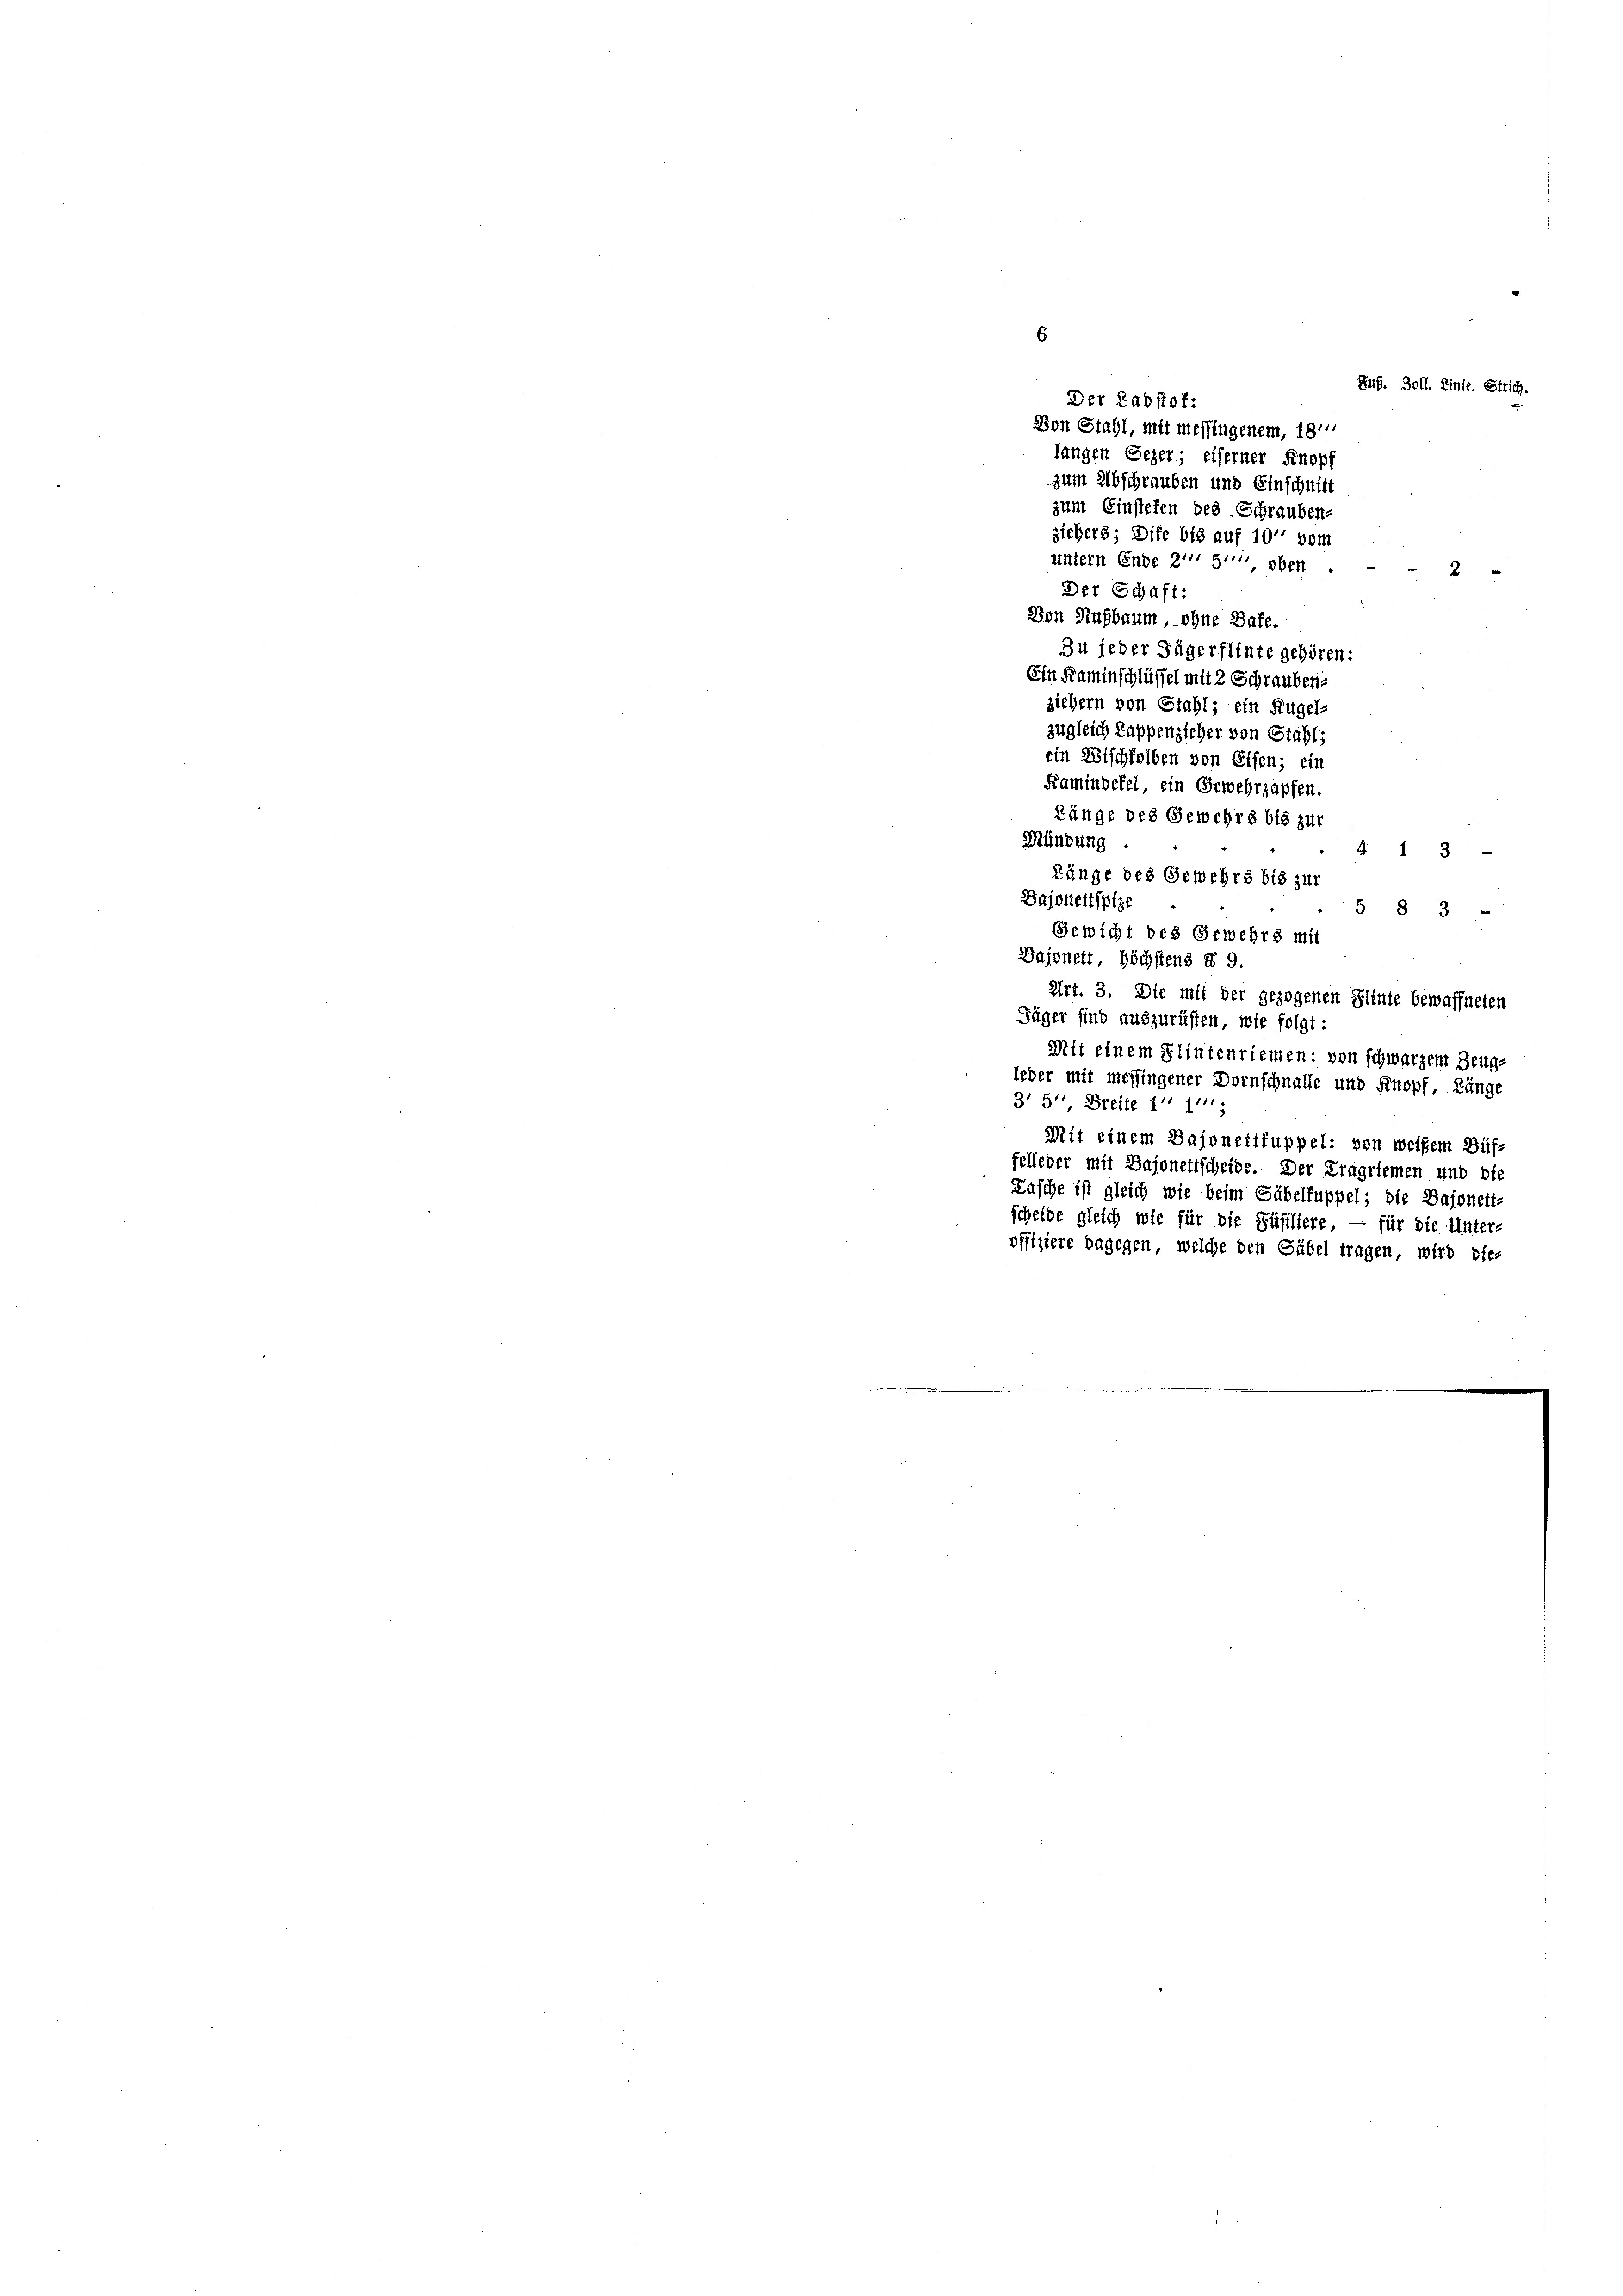
Der Rabstof:
Von Stahl, mit messingenem, 18.
langen Gezer; eiferner Knopf
zum Abschrauben und Einschnitt
zum Einstehen des Schrauben-
zieher; Dife bis auf 10' vom
untern Enge 2' 5'' oben
2
Der Schaft:
Von Aufbaum, ohne Bafe.
Zu jeder Jägerflinte gehören:
Ein Kaminschlüssel mit 2 Schrauben
ziehern von Stahl; ein Kugel-
zugleich Kappenzieher von Stahl;
ein Wischfelben von Eisen; ein
Kamindefel, ein Gewehrzapfen.
Länge des Gewehrs bis zur
Mündung .
4 1 3
Länge des Gewehre bis zur
Bajonettspiz
5 8 3
Gewicht des Gewehrs mi
Bajonett, höchstens § 9.
Art. 3. Die mit der gezogenen Flinte bewaffneten
Füger sind auszurüsten, wie folgt:
Mit einem Flintenriemen: von schwarzem Zeug-
leder mit messingener Dornschnalle und Knopf, Länge
3' 5'' Brette 11 1
Dit einem Bajonettfuppel: von weisem Büffelleder mit Bajonettscheide. Der Kragriemen und die
Kasche ist gleich wie beim Säbelfuppel; die Bajonett-
scheide gleich wie für die Füsiliere — für die Unter-
offiziere dagegen, welche den Säbel tragen, wird off.

Ruf. Zoll. Linie. Strich.